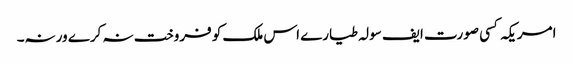
﻿ امریکہ کسی صورت ایف سولہ طیارے اس ملک کو فروخت نہ کرے ورنہ۔